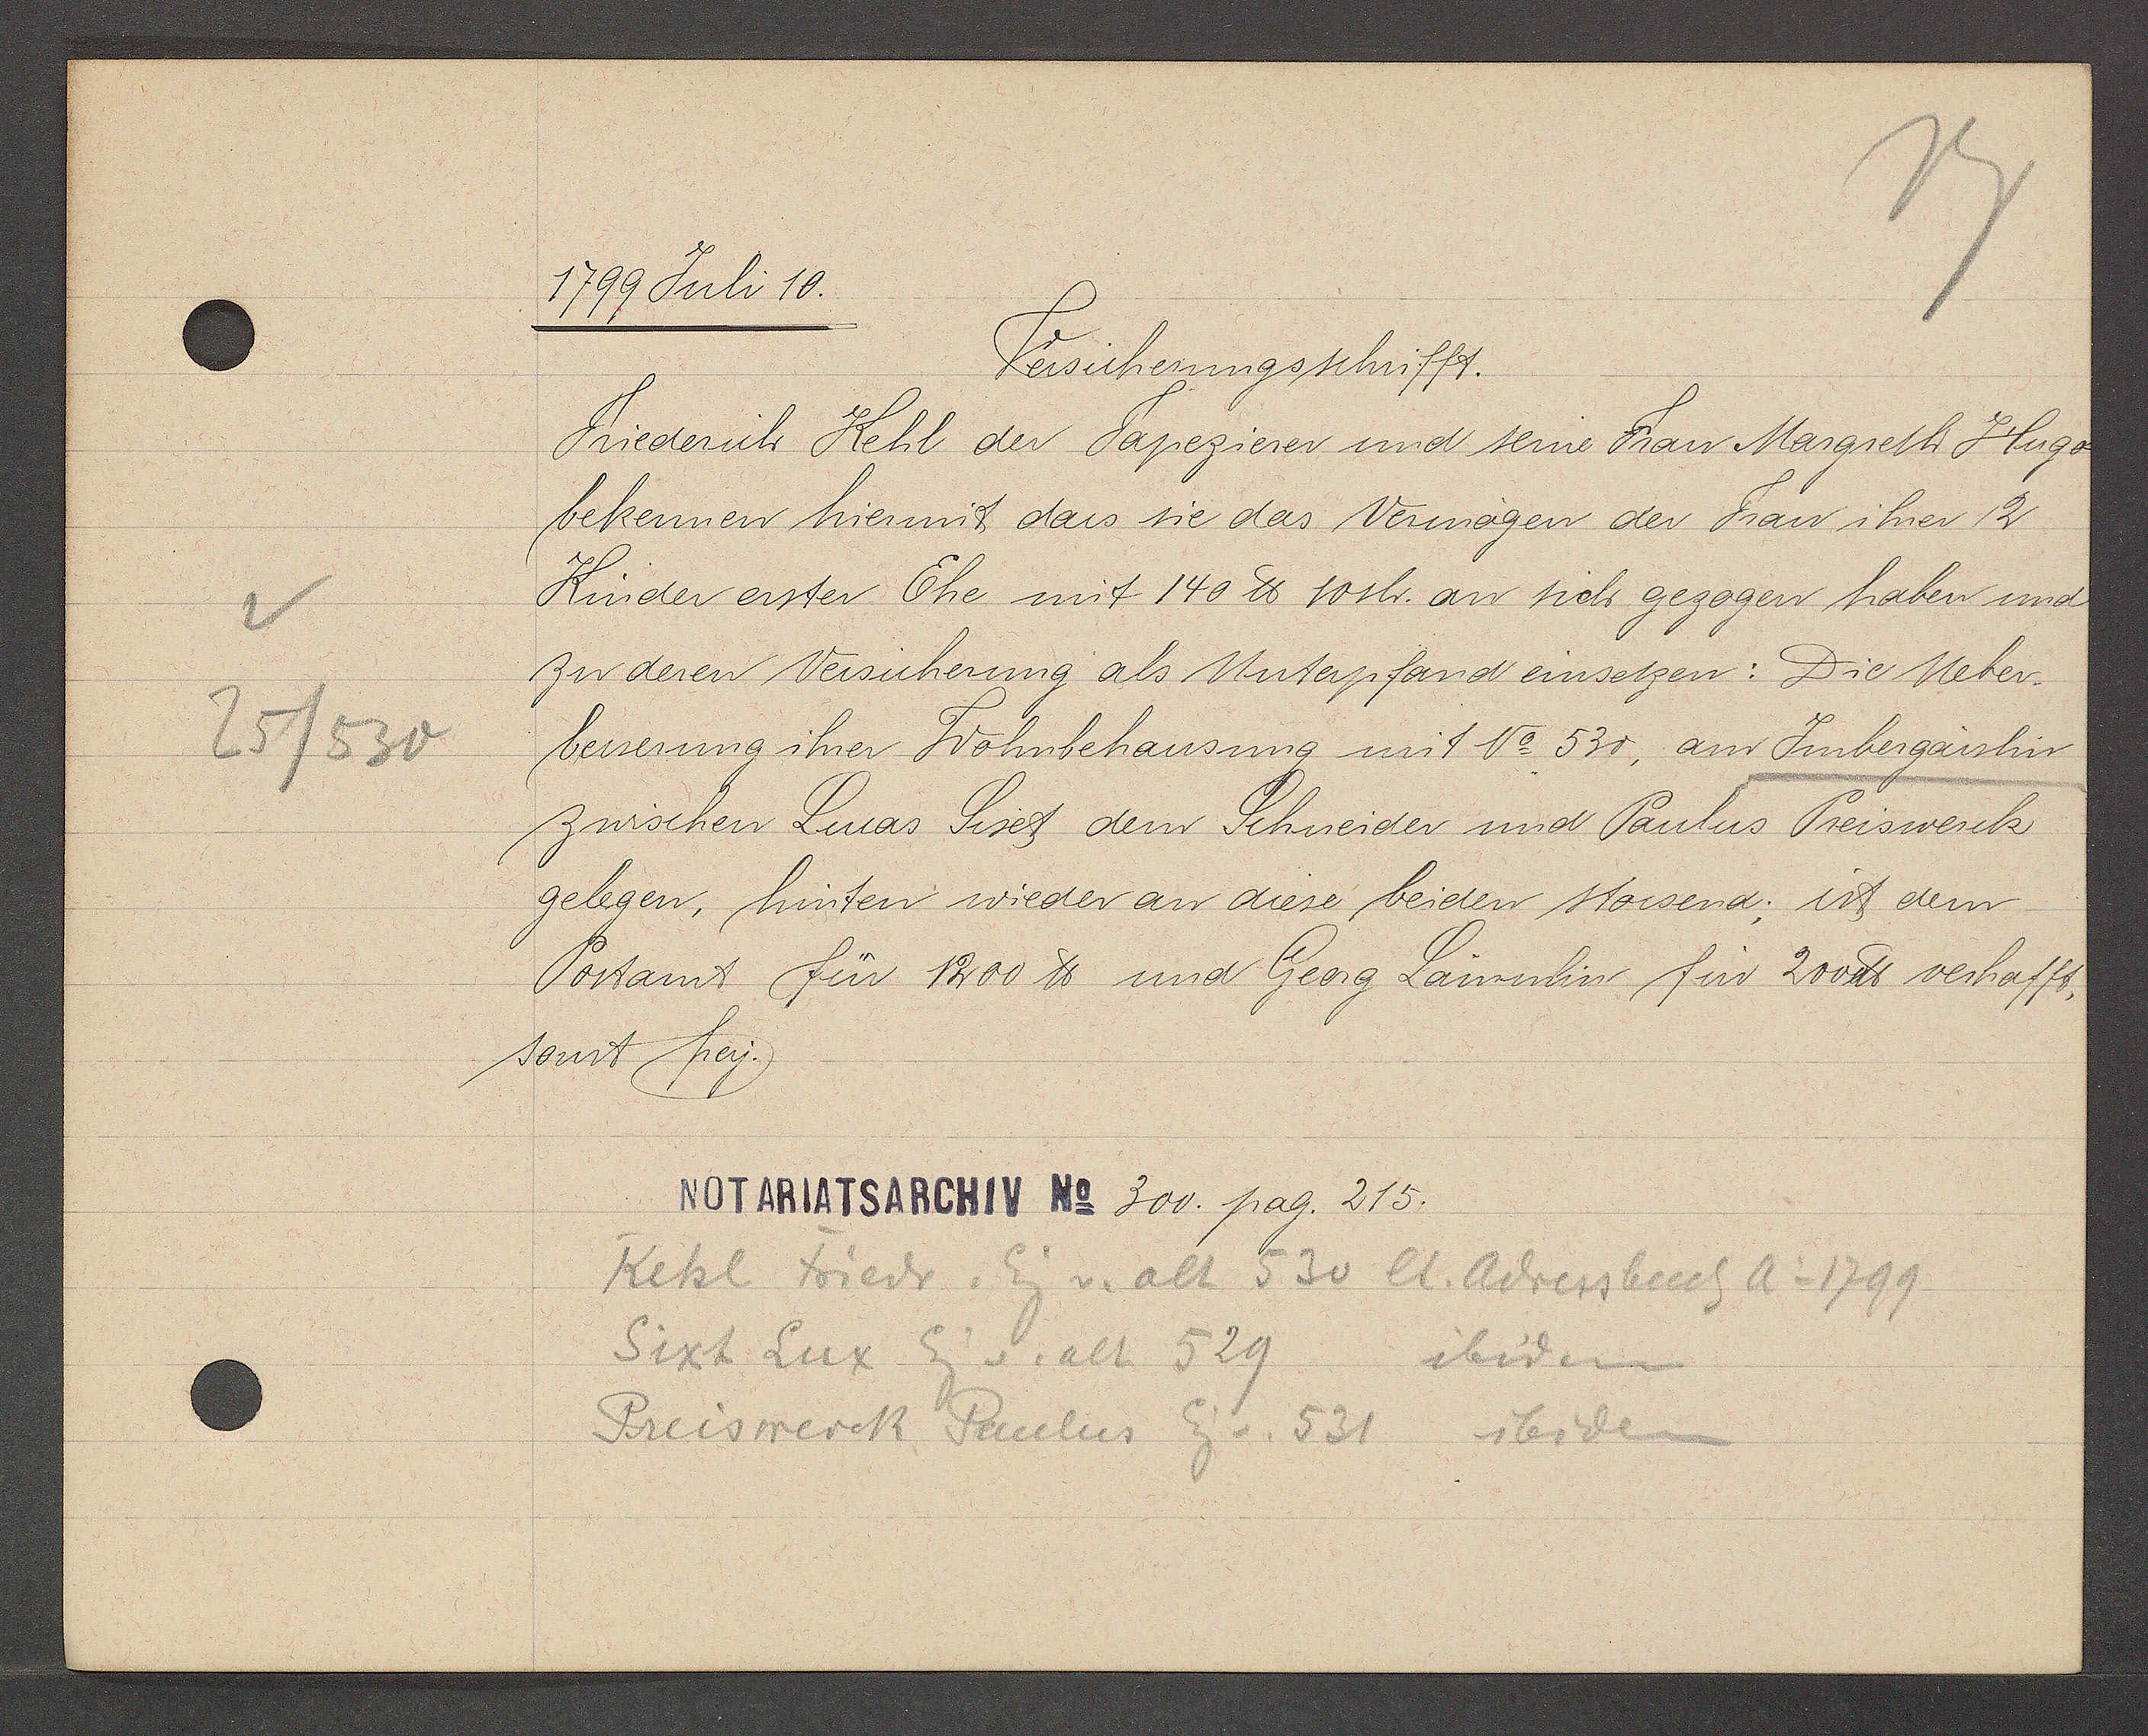
Transcript:
25/530

1799 Juli 10.

Versicherungsschrifft.
Friederich Kehl der Tapezierer und seine Frau Margreth Hugo
bekennen hiermit dass sie das Vermögen der Frau ihrer 2
Kinder erster Ehe mit 140 ℔ 10sh. an sich gezogen haben und
zu deren Versicherung als Unterpfand einsetzen: Die Ueber¬
besserung ihrer Wohnbehausung mit No 530, am Imbergässlin
zwischen Lucas Siset dem Schneider und Paulus Preiswerck
gelegen, hinten wieder an diese beiden stossend; ist dem
Postamt für 1200 ℔ und Georg Lämmlin für 200 ℔ verhafft,
sonst frey.

Notariatsarchiv No 300. pag. 215.

Kehl Friedr. Eig v. alt 530 lt. Adressbuch Ao 1799
Sixt Lux Eig v. alt 529
ibiden
Preiswerck Paulus Eig v. 531 ibiden